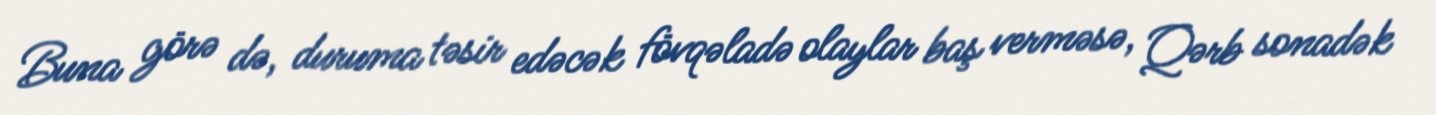
Buna görə də, duruma təsir edəcək fövqəladə olaylar baş verməsə, Qərb sonadək